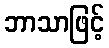
ဘာသာဖြင့်